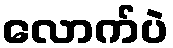
လောက်ပဲ